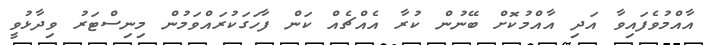
އާއްމުވެފައިވާ އަދި އާއްމުކޮށް ބޭނުން ކުރާ އެއްޗެއް ކަން ފާހަގަކުރައްވަމުން މިނިސްޓަރު ވިދާޅުވީ